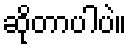
ဆိုတာပါပဲ။